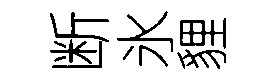
断氷貍